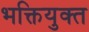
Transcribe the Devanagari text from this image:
भक्तियुक्‍त